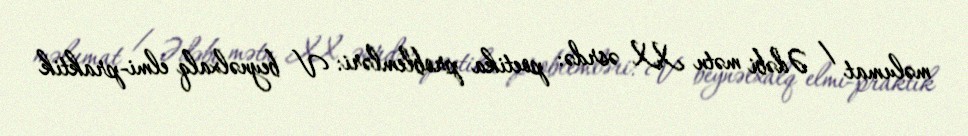
məlumat / Ədəbi mətn XX əsrdə: poetika problemləri: V beynəlxalq elmi-praktik